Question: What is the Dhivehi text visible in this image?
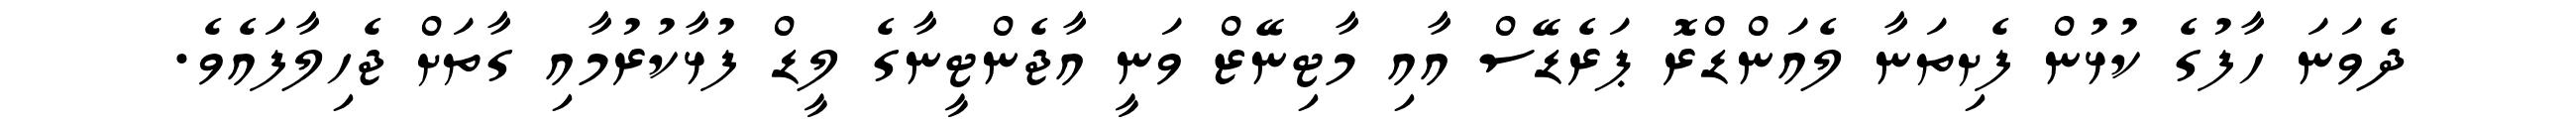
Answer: ދެވަނަ ހާފުގެ ކުޅުން ފެށިތަނާ ލެއަންޑްރޮ ޕަރެޑޭސް އާއި މާޓިނޭޒް ވަނީ އާޖެންޓީނާގެ ލީޑް ފުޅާކުރުމާއި ގާތަށް ޖެހިލާފައެވެ.